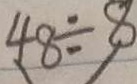
4 8 \div 8